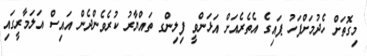
މިގޮތަށް ހެދުމަށްފަހު ޕައިގެ އެތެރެއަށް އަޅަންވީ ފިލިންގ ތައްޔާރު ކުރެވެންދެން އައިސް އަލަމާރީގައި